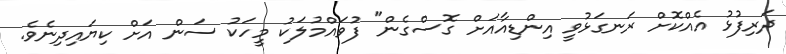
ދަރިފުޅު އެއްކޮށް ރަނގަޅުވީ އިންޑިއާއަށް ގޮސްގެން" ފުވައްމުލަކު މީހަކު ސަން އަށް ކިޔައިދިނެވެ.